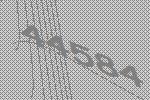
44584